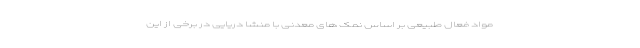
مواد فعال طبیعی بر اساس نمک های معدنی با منشا دریایی در برخی از این